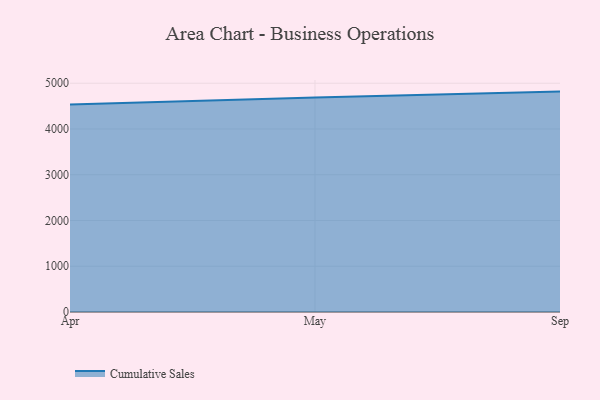
{"axis": {"x": "Month", "y": "LTV (USD)"}, "legend": ["Cumulative Sales"], "data": [{"x": "Apr", "y": 4537.0, "type": "Cumulative Sales"}, {"x": "May", "y": 4688.8, "type": "Cumulative Sales"}, {"x": "Sep", "y": 4816.7, "type": "Cumulative Sales"}]}